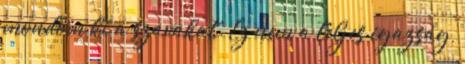
mondom ki a szavakat. Ez nem a teljes igazság,